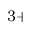
^ { 3 + }